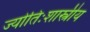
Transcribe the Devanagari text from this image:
ज्योतिःशास्त्रीय